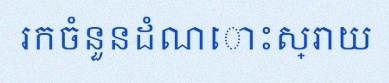
រកចំនួនដំណោះស្រាយ